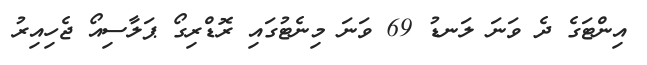
އިންޓަގެ ދެ ވަނަ ލަނޑު 69 ވަނަ މިނެޓުގައި ރޮޑްރިގޯ ޕަލާސިއޯ ޖެހިއިރު